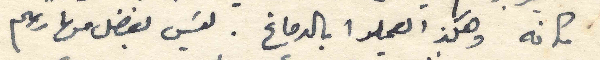
مكانه وهكذ يعملوا بالدماغ. ليسَ بفضل مهارتهم